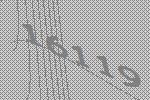
16119